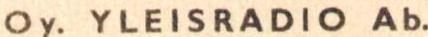
Oy.YLEISRADIO Ab.